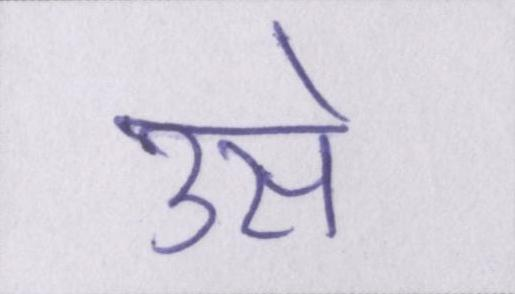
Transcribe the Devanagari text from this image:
उसे